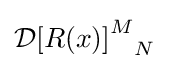
{\mathcal {D}}{\left[R(x)\right]^{M}}_{N}